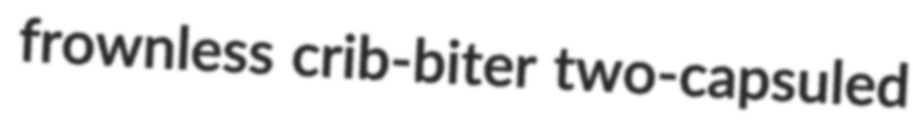
frownless crib-biter two-capsuled